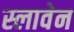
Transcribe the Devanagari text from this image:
स्लावेन